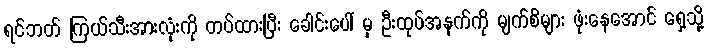
ရင်ဘတ် ကြယ်သီးအားလုံးကို တပ်ထားပြီး ခေါင်းပေါ် မှ ဦးထုပ်အနက်ကို မျက်စိများ ဖုံးနေအောင် ရှေ့သို့